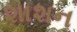
શાશન